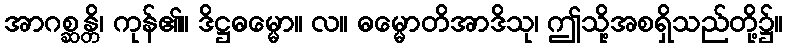
အာဂစ္ဆန္တိ၊ ကုန်၏။ ဒိဋ္ဌဓမ္မော။ လ။ ဓမ္မောတိအာဒိသု၊ ဤသို့အစရှိသည်တို့၌။